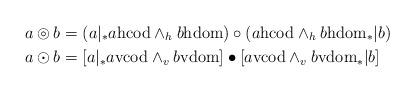
\begin{align*}a \circledcirc b &= (a|{}_* a\mathrm{hcod} \wedge_h b\mathrm{hdom}) \circ (a\mathrm{hcod} \wedge_h b\mathrm{hdom} {}_*| b) \\a \odot b &= [a|{}_* a\mathrm{vcod} \wedge_v b\mathrm{vdom}] \bullet [a\mathrm{vcod} \wedge_v b\mathrm{vdom} {}_*| b] \end{align*}